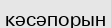
кәсәпорын